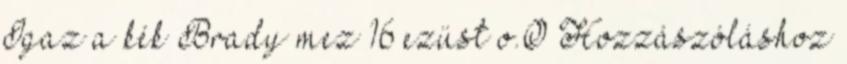
Igaz a kék Brady mez 16 ezüst o.O Hozzászóláshoz